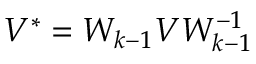
V ^ { * } = W _ { k - 1 } V W _ { k - 1 } ^ { - 1 }